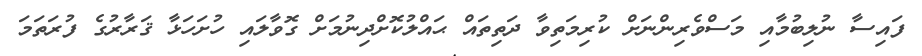
ފައިސާ ނުލިބުމާއި މަސްވެރިންނަށް ކުރިމަތިވާ ދަތިތައް ޙައްލުކޮށްދިނުމަށް ގޮވާލައި ހުށަހަޅާ ޤަރާރުގެ ފުރަތަމަ